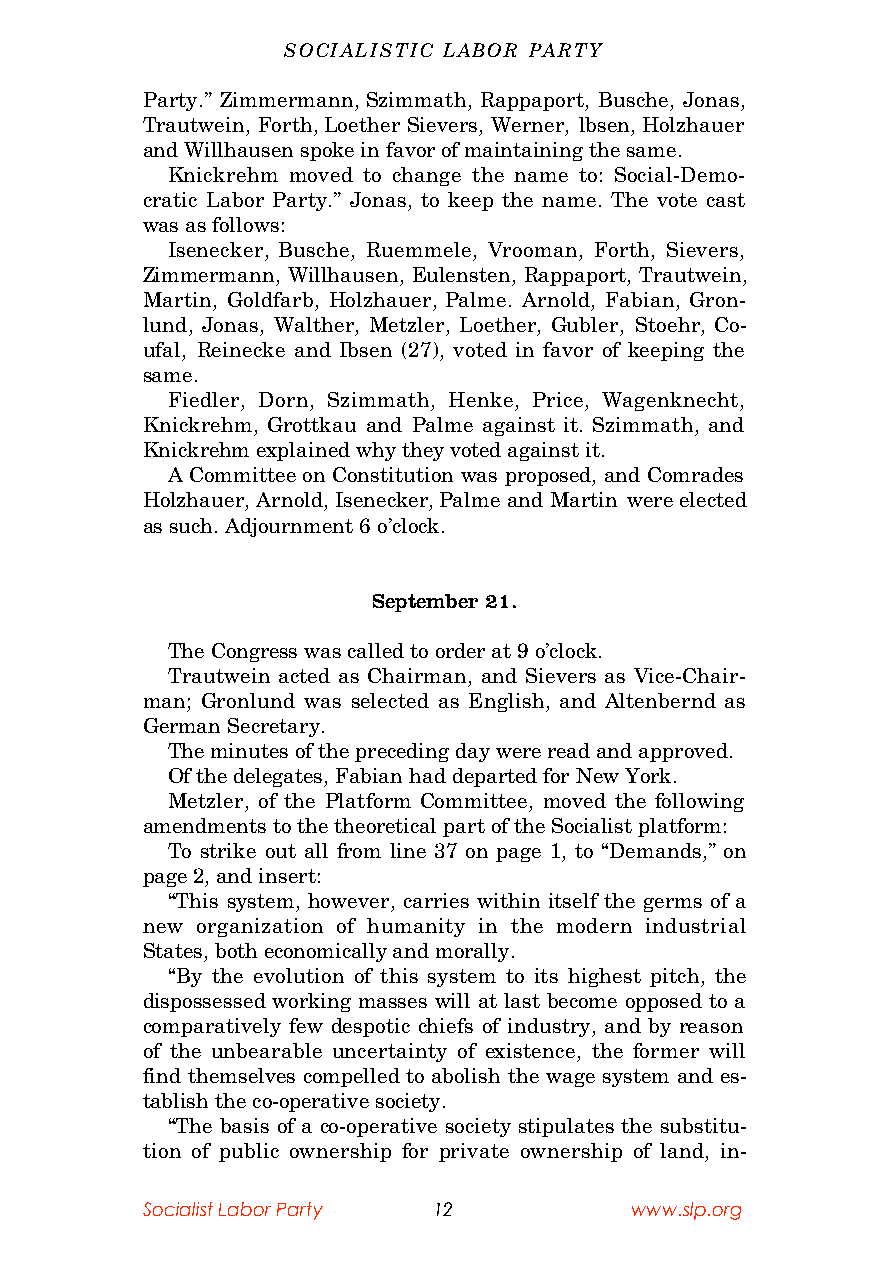
SOCIALISTIC LABOR PARTY
 Party.” Zimmermann, Szimmath, Rappaport, Busche, Jonas,
 Trautwein, Forth, Loether Sievers, Werner, lbsen, Holzhauer
 and Willhausen spoke in favor of maintaining the same.
 Knickrehm moved to change the name to: Social-Demo-
 cratic Labor Party.” Jonas, to keep the name. The vote cast
 was as follows:
 Isenecker, Busche, Ruemmele, Vrooman, Forth, Sievers,
 Zimmermann, Willhausen, Eulensten, Rappaport, Trautwein,
 Martin, Goldfarb, Holzhauer, Palme. Arnold, Fabian, Gron-
 lund, Jonas, Walther, Metzler, Loether, Gubler, Stoehr, Co-
 ufal, Reinecke and Ibsen (27), voted in favor of keeping the
 same.
 Fiedler, Dorn, Szimmath, Henke, Price, Wagenknecht,
 Knickrehm, Grottkau and Palme against it. Szimmath, and
 Knickrehm explained why they voted against it.
 A Committee on Constitution was proposed, and Comrades
 Holzhauer, Arnold, Isenecker, Palme and Martin were elected
 as such. Adjournment 6 o’clock.
 September 21.
 The Congress was called to order at 9 o’clock.
 Trautwein acted as Chairman, and Sievers as Vice-Chair-
 man; Gronlund was selected as English, and Altenbernd as
 German Secretary.
 The minutes of the preceding day were read and approved.
 Of the delegates, Fabian had departed for New York.
 Metzler, of the Platform Committee, moved the following
 amendments to the theoretical part of the Socialist platform:
 To strike out all from line 37 on page 1, to “Demands,” on
 page 2, and insert:
 “This system, however, carries within itself the germs of a
 new organization of humanity in the modern industrial
 States, both economically and morally.
 “By the evolution of this system to its highest pitch, the
 dispossessed working masses will at last become opposed to a
 comparatively few despotic chiefs of industry, and by reason
 of the unbearable uncertainty of existence, the former will
 find themselves compelled to abolish the wage system and es-
 tablish the co-operative society.
 “The basis of a co-operative society stipulates the substitu-
 tion of public ownership for private ownership of land, in-
 Socialist Labor Party 12         www.slp.org